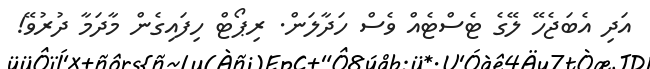
އަދި އެބަޖެހޭ ލޭގެ ޓެސްޓެއް ވެސް ހަދާލަން. ރިޕޯޓް ހިފައިގެން މާދަމާ ދުރުވޭ!